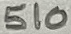
Text: 510